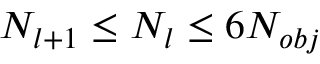
N _ { l + 1 } \le N _ { l } \le 6 N _ { o b j }